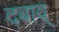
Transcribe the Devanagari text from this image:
दबाव्